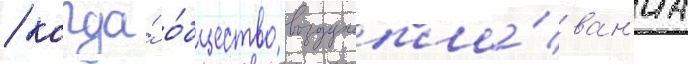
/ когда́ о́бщество воздухопла́ван'иа